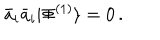
LaTeX: \bar { a } _ { i } \bar { a } _ { i } | \Phi ^ { ( 1 ) } \rangle = 0 \, .